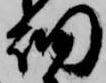
細